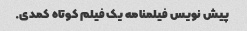
پیش نویس فیلمنامه یک فیلم کوتاه کمدی.